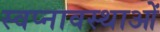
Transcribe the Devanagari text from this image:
स्वप्नावस्थाओं